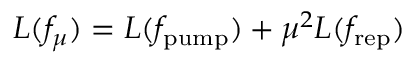
L ( f _ { \mu } ) = L ( f _ { \mathrm { p u m p } } ) + { \mu } ^ { 2 } L ( f _ { \mathrm { r e p } } )